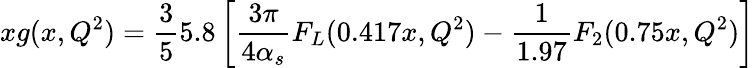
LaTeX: xg(x,Q^{2})=\frac{3}{5}5.8\left[\frac{3\pi}{4\alpha_{s}}F_{L}(0.417x,Q^{2})-\frac{1}{1.97}F_{2}(0.75x,Q^{2})\right]